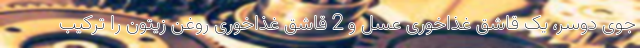
جوی دوسر، یک قاشق غذاخوری عسل و 2 قاشق غذاخوری روغن زیتون را ترکیب